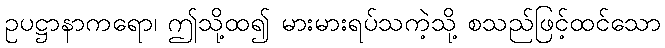
ဥပဋ္ဌာနာကရော၊ ဤသို့ထ၍ မားမားရပ်သကဲ့သို့ စသည်ဖြင့်ထင်သော